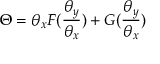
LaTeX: \Theta = \theta _ { x } F ( { \frac { \theta _ { y } } { \theta _ { x } } } ) + G ( { \frac { \theta _ { y } } { \theta _ { x } } } )